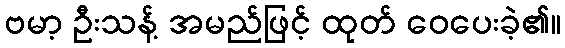
ဗမာ့ ဦးသန့် အမည်ဖြင့် ထုတ် ဝေပေးခဲ့၏။